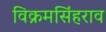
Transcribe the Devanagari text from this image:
विक्रमसिंहराव